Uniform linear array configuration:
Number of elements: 4
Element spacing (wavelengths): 0.5
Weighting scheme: hamming
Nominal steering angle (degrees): -15
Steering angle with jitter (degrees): -15.722
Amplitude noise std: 0.05
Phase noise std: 0.05

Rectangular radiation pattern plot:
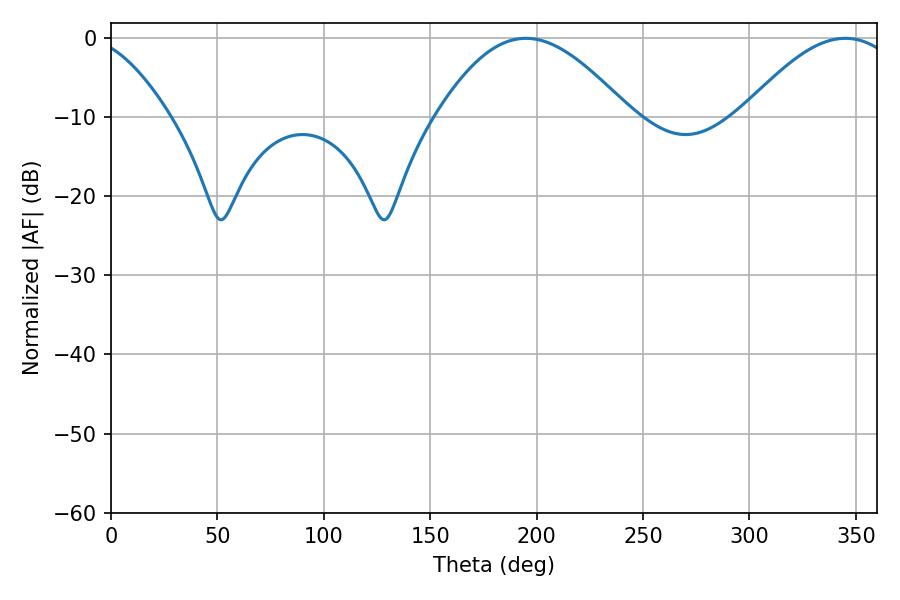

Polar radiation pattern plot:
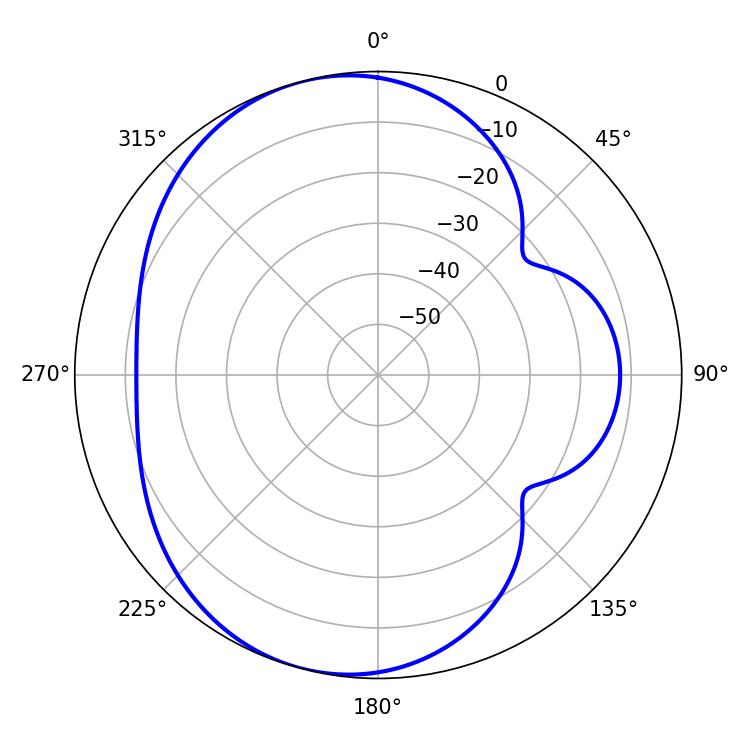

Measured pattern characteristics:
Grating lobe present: FALSE
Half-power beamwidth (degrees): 48.96
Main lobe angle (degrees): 194.94